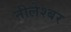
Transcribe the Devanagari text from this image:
नीलेश्बर